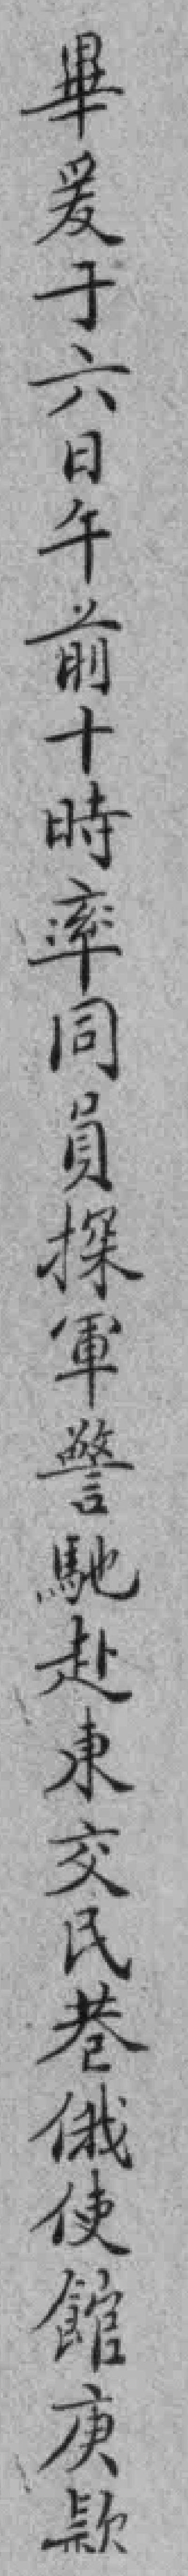
畢爰于六日午前十時率同員探軍警馳赴東交民巷俄使館庚款